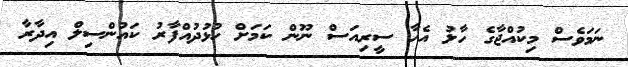
ނަމަވެސް މިކުއްޖާގެ ހާލު އެހާ ސީރިއަސް ނޫން ކަަމަށް ހުޅުދުއްފާރު ކައުންސިލް އިދާރާ